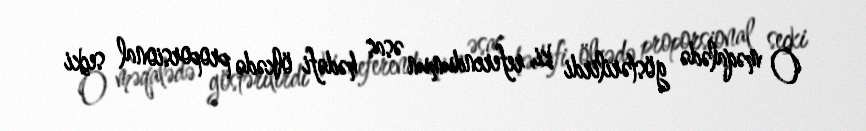
O məqalədə göstərilirdi ki, referendumun əsas hədəfi ölkədə proporsional seçki